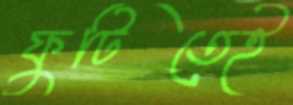
ফুটিতেই